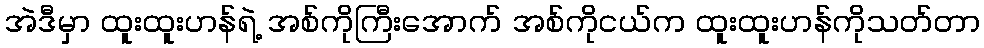
အဲဒီမှာ ထူးထူးဟန်ရဲ့ အစ်ကိုကြီးအောက် အစ်ကိုငယ်က ထူးထူးဟန်ကိုသတ်တာ